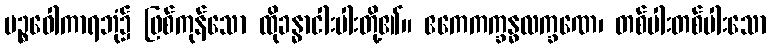
ပဉ္စဝေါကာရဘုံ၌ ဖြစ်ကုန်သော ထိုခန္ဓာငါးပါးတို့၏။ ဧကေကက္ခန္ဓလက္ခဏေ၊ တစ်ပါးတစ်ပါးသော